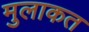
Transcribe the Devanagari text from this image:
मुलाकत